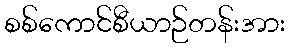
စစ်ကောင်စီယာဉ်တန်းအား